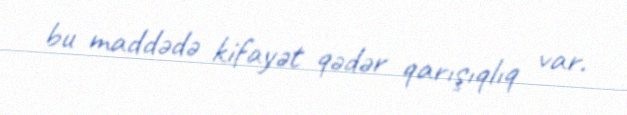
bu maddədə kifayət qədər qarışıqlıq var.